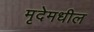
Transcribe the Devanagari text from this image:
मृदेमधील